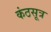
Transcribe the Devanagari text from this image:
कंठसूत्र